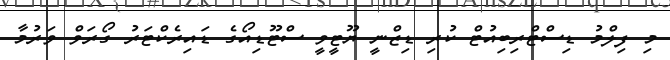
މި ފިލްމު ޑިސްޓްރިބިއުޓް ކުރި ޑިޒްނީ ޔޫޓީވީ ސްޓޫޑިއޯގެ ޑައިރެކްޓަރު ގޯރަވް ވަރުމާ